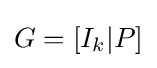
G=[I_{k}|P]